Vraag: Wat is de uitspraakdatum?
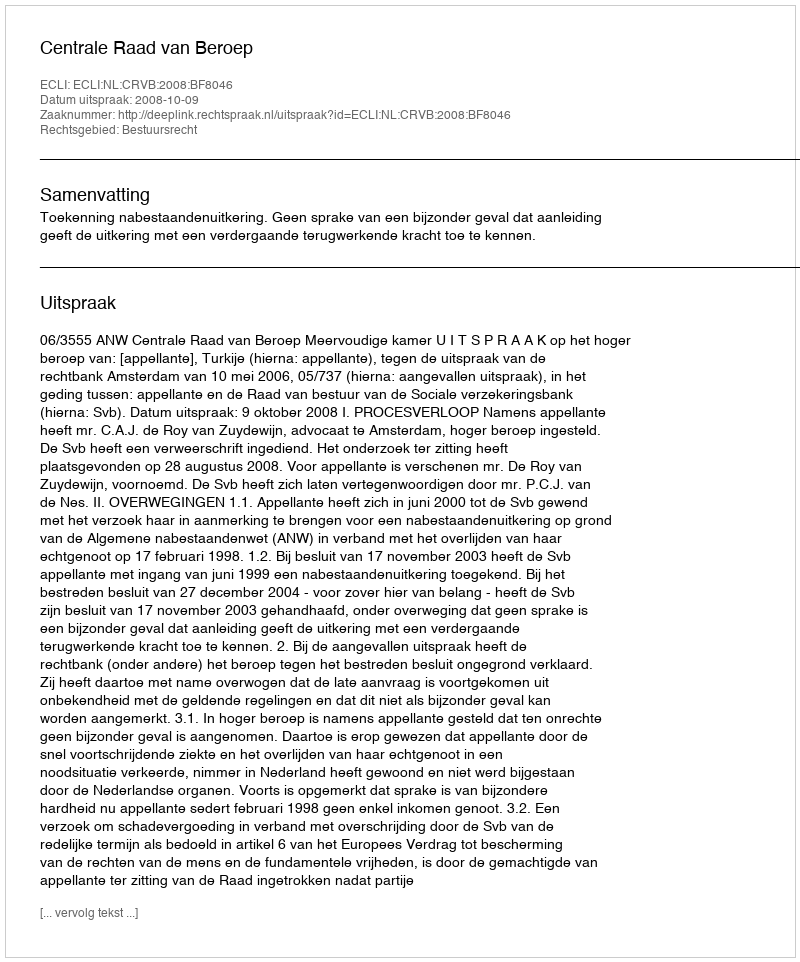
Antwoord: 2008-10-09